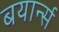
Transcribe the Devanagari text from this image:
बयार्न्स